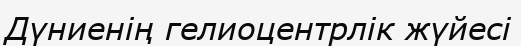
Дүниенің гелиоцентрлік жүйесі